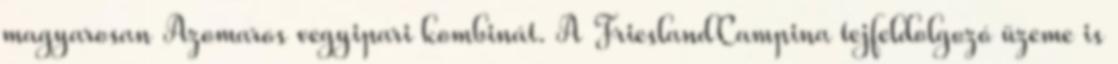
magyarosan Azomaros vegyipari kombinát. A FrieslandCampina tejfeldolgozó üzeme is